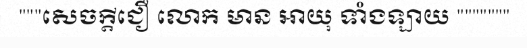
"""សេចក្តីជឿ លោក មាន អាយុ ទាំងឡាយ """""""